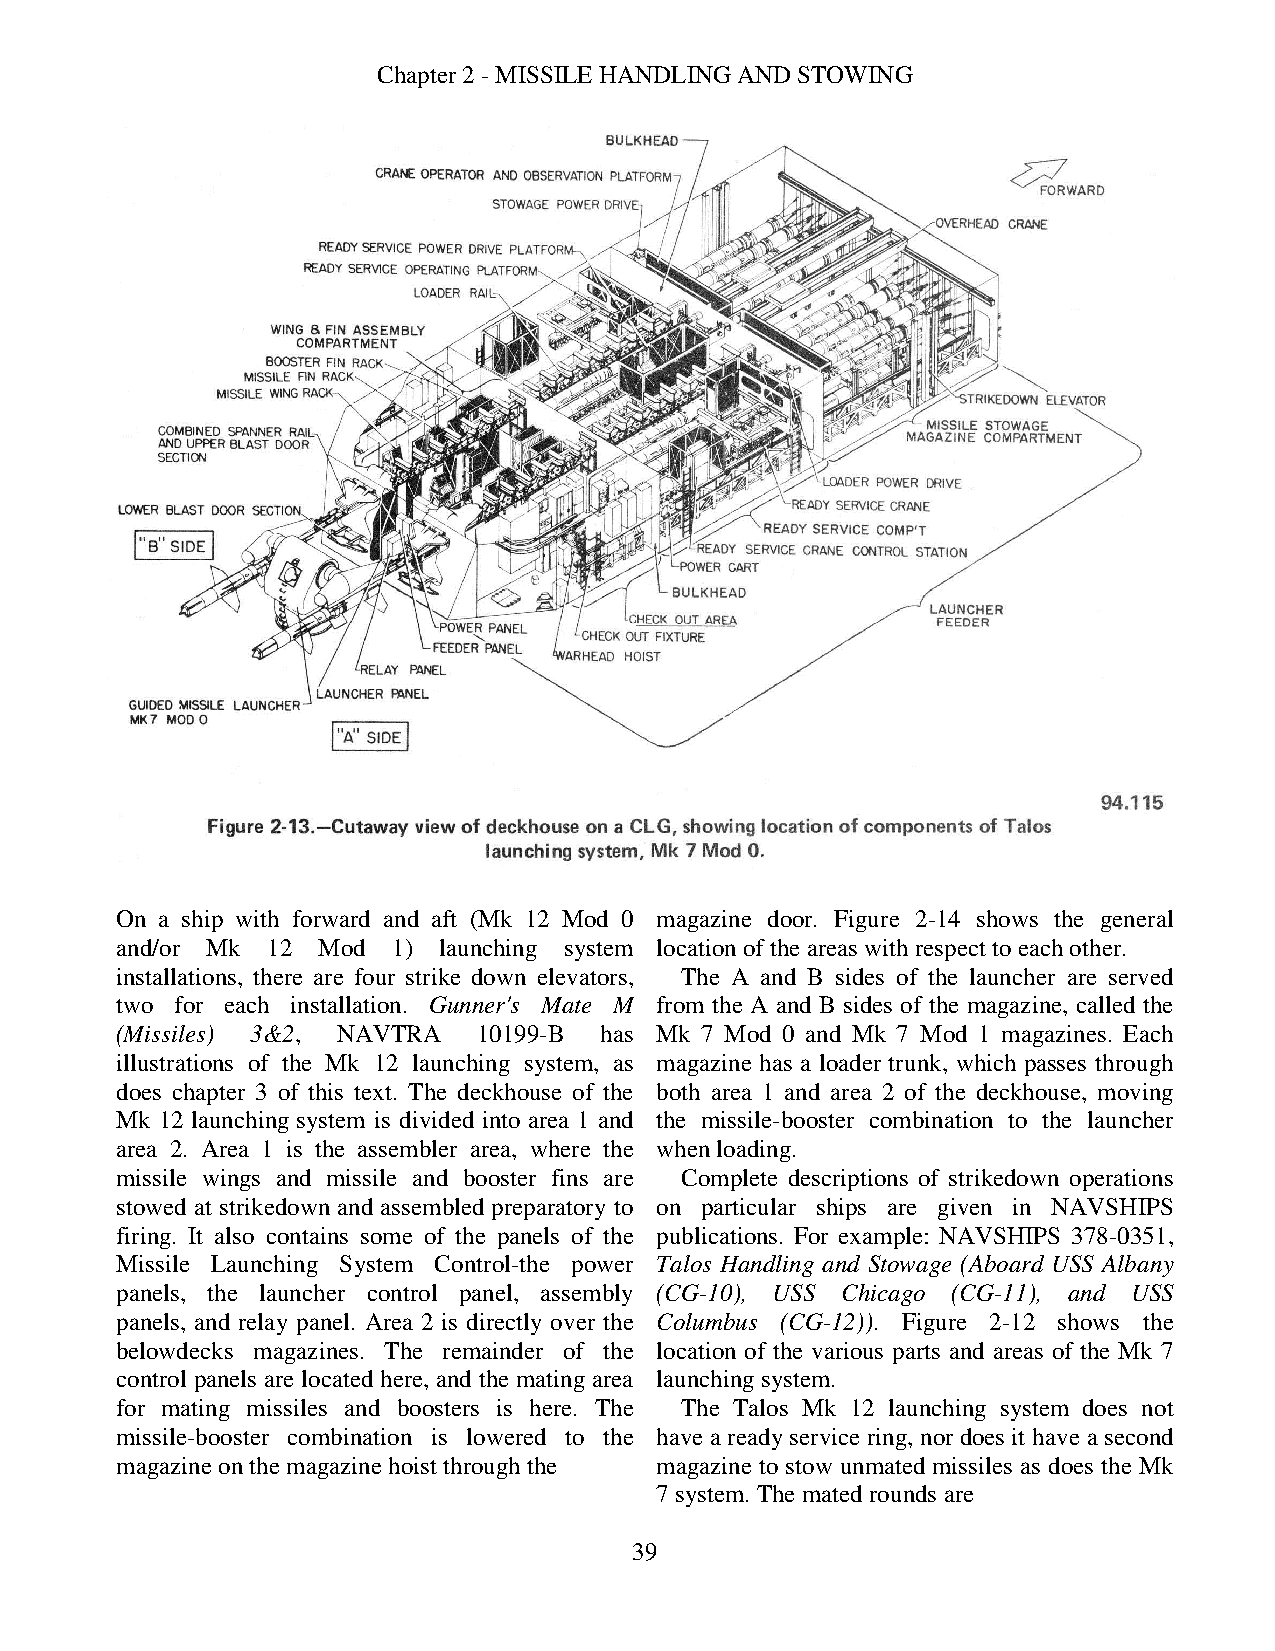
Chapter 2 - MISSILE HANDLING AND STOWING
 On a ship with forward and aft (Mk 12 Mod 0 magazine door. Figure 2-14 shows the general
 and/or Mk 12 Mod  1) launching system location of the areas with respect to each other.
 installations, there are four strike down elevators, The A and B sides of the launcher are served
 two for each installation. Gunner's Mate M from the A and B sides of the magazine, called the
 (Missiles) 3&2, NAVTRA  10199-B has Mk 7 Mod 0 and Mk 7 Mod 1 magazines. Each
 illustrations of the Mk 12 launching system, as magazine has a loader trunk, which passes through
 does chapter 3 of this text. The deckhouse of the both area 1 and area 2 of the deckhouse, moving
 Mk 12 launching system is divided into area 1 and the missile-booster combination to the launcher
 area 2. Area 1 is the assembler area, where the when loading.
 missile wings and missile and booster fins are Complete descriptions of strikedown operations
 stowed at strikedown and assembled preparatory to on particular ships are given in NAVSHIPS
 firing. It also contains some of the panels of the publications. For example: NAVSHIPS 378-0351,
 Missile Launching System Control-the power Talos Handling and Stowage (Aboard USS Albany
 panels, the launcher control panel, assembly (CG-10), USS Chicago (CG-11), and USS
 panels, and relay panel. Area 2 is directly over the Columbus (CG-12)). Figure 2-12 shows the
 belowdecks magazines. The remainder of the location of the various parts and areas of the Mk 7
 control panels are located here, and the mating area launching system.
 for mating missiles and boosters is here. The The Talos Mk 12 launching system does not
 missile-booster combination is lowered to the have a ready service ring, nor does it have a second
 magazine on the magazine hoist through the magazine to stow unmated missiles as does the Mk
 7 system. The mated rounds are
 39